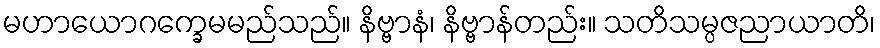
မဟာယောဂက္ခေမမည်သည်။ နိဗ္ဗာနံ၊ နိဗ္ဗာန်တည်း။ သတိသမ္ပဇညာယာတိ၊